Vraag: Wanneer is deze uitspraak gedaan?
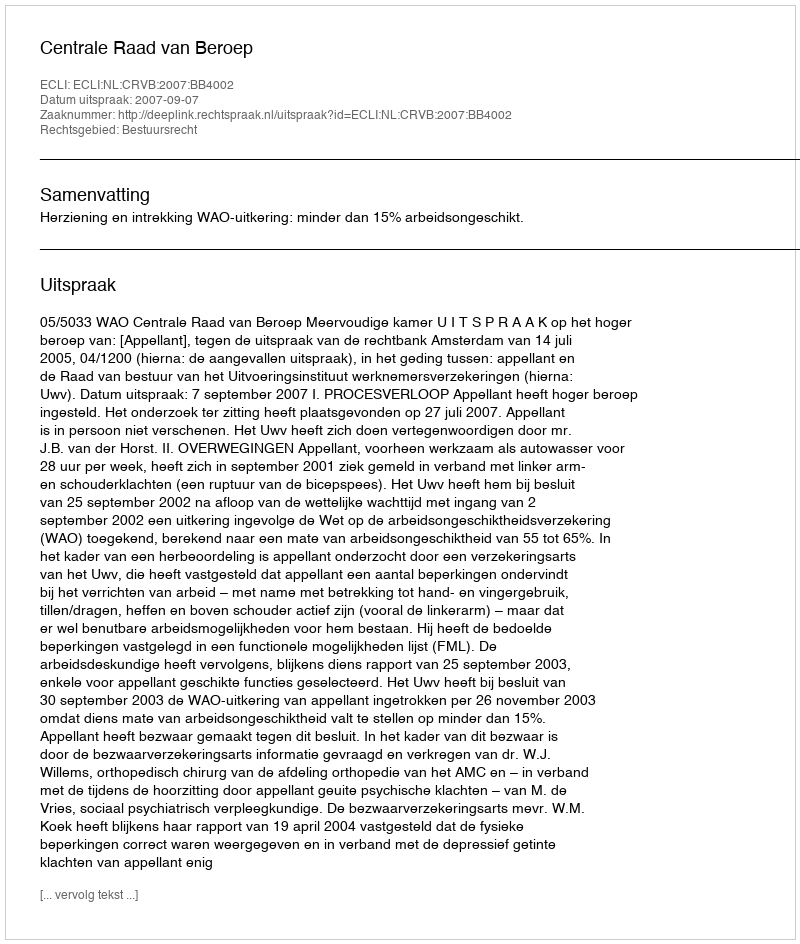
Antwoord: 2007-09-07